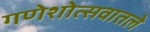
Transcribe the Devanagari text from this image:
गणेशोत्सवातले